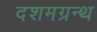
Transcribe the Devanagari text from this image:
दशमग्रन्थ